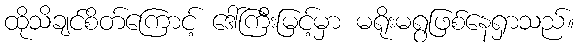
ထိုသိချင်စိတ်ကြောင့် ဒေါ်ကြီးမြင့်မှာ မရိုးမရွဖြစ်နေရှာသည်။